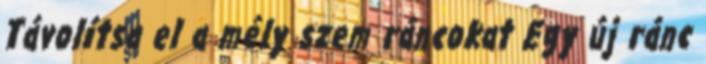
Távolítsa el a mély szem ráncokat Egy új ránc